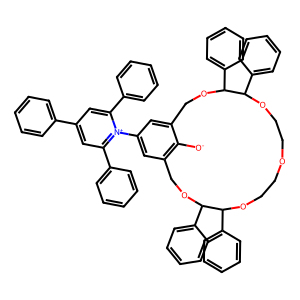
SMILES: [O-]c1c2cc(-[n+]3c(-c4ccccc4)cc(-c4ccccc4)cc3-c3ccccc3)cc1COC(c1ccccc1)C(c1ccccc1)OCCOCCOC(c1ccccc1)C(c1ccccc1)OC2
Inhibits HIV replication: No